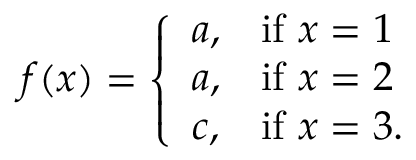
f ( x ) = \left\{ { \begin{array} { l l } { a , } & { { \mathrm { i f ~ } } x = 1 } \\ { a , } & { { \mathrm { i f ~ } } x = 2 } \\ { c , } & { { \mathrm { i f ~ } } x = 3 . } \end{array} } \right.